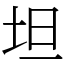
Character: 坦